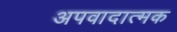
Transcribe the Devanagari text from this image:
अपवादात्मक